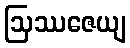
ဩဿဇေယျ